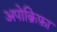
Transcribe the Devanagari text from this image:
अपोक्रिफ़ा